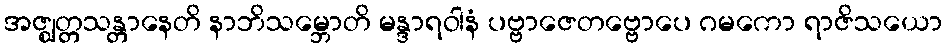
အဇ္ဈတ္တသန္တာနေတိ နာဘိသမ္ဘောတိ မန္ဒာရဝါနံ ပဗ္ဗာဇေတဗ္ဗောပေ ဂမကော ရာဇိသယော